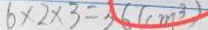
6 \times 2 \times 3 = 3 6 ( c m ^ { 3 } )